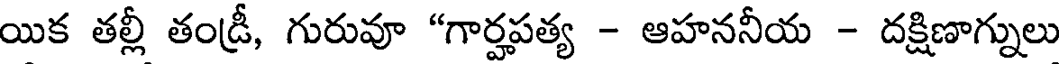
యిక తల్లీ తండ్రీ, గురువూ "గార్హపత్య - ఆహననీయ - దక్షిణాగ్నులు